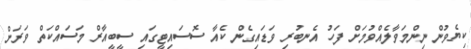
ކިޔެވުން ނިންމަވާލެއްވުމަށް ފަހު އެނބުރި ވަޑައިގެން ކެއާ ސޮސައިޓީގައި ސީބީއާރް މަސައްކަތް ވަރަށް